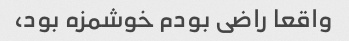
واقعا راضی بودم خوشمزه بود،